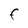
Character: F